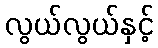
လွယ်လွယ်နှင့်